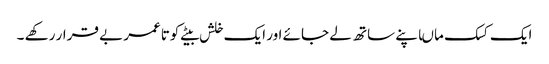
ایک کسک ماںاپنے ساتھ لے جائے اور ایک خلش بیٹے کوتاعمر بے قرار رکھے ۔